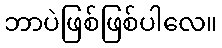
ဘာပဲဖြစ်ဖြစ်ပါလေ။